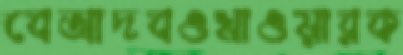
বেআদবওখাওয়ারক